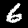
Label: 6